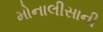
મોનાલીસાની